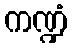
ကဏ္ဍံ